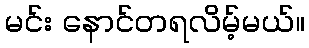
မင်း နောင်တရလိမ့်မယ်။